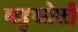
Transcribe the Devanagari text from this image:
बहुकोशी